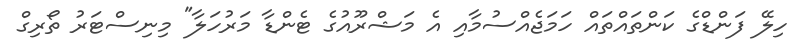
ހިލޭ ފަންޑްގެ ކަންތައްތައް ހަމަޖެއްސުމާއި އެ މަޝްރޫއުގެ ޓެންޑާ މަރުހަލާ" މިނިސްޓަރު ތޯރިގް